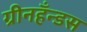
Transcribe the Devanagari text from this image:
ग्रीनहँन्डस